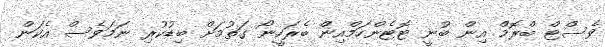
ވެސްޓް ބްރޮމް އިން ބުނީ ޓޮޓެންހަމްއިން ބެރަހީނޯ ގަތުމަށް ބިޑުކުރި ނަމަވެސް އެކަން